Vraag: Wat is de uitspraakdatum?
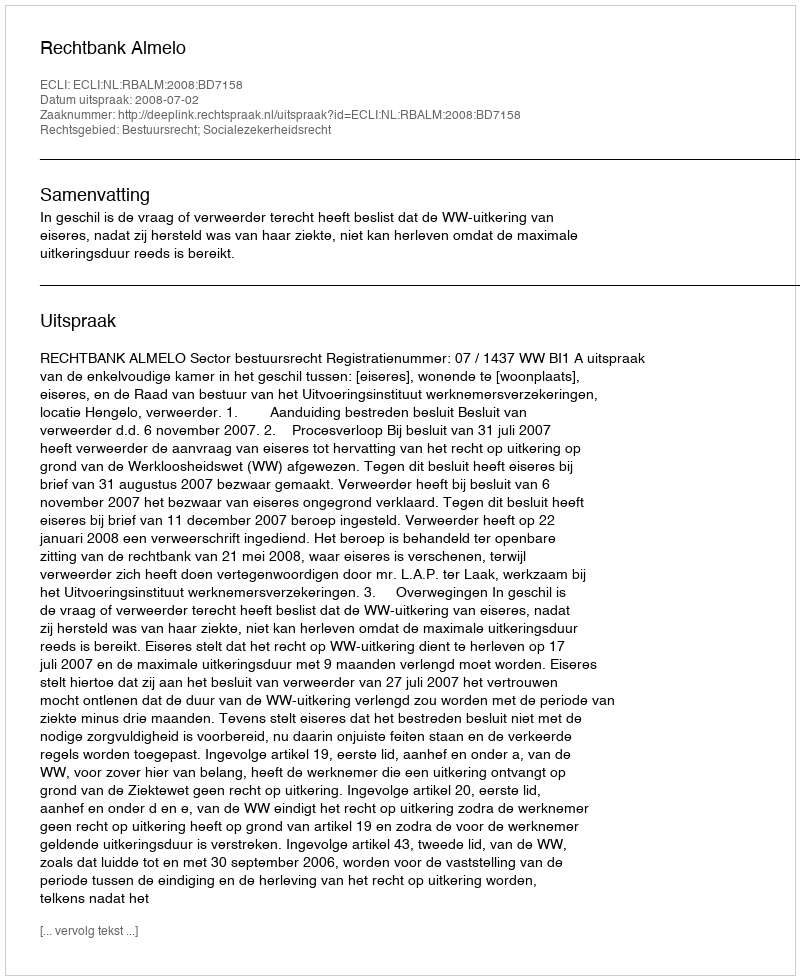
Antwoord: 2008-07-02